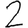
Digit: 2